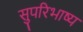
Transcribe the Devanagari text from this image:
सुपरिभाष्य